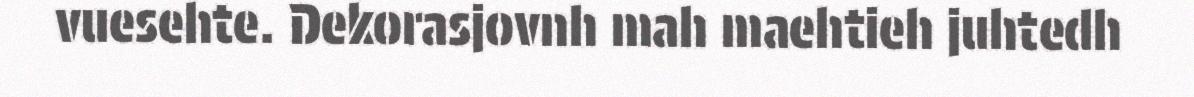
vuesehte. Dekorasjovnh mah maehtieh juhtedh